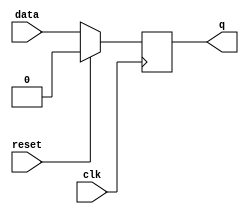
//dflipflop using synchromous
module dffsync(clk,q,data,reset);
  input clk,reset,data;
  output reg q;
  always@(posedge clk)
  begin
    if (reset)
      q<=0;
    else
    q<=data;
  end
endmodule